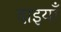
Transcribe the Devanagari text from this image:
दाइयाँ